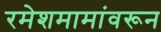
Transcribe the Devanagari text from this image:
रमेशमामांवरून